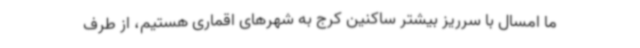
ما امسال با سرریز بیشتر ساکنین کرج به شهرهای اقماری هستیم، از طرف